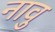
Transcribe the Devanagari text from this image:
नावु